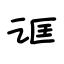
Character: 诓